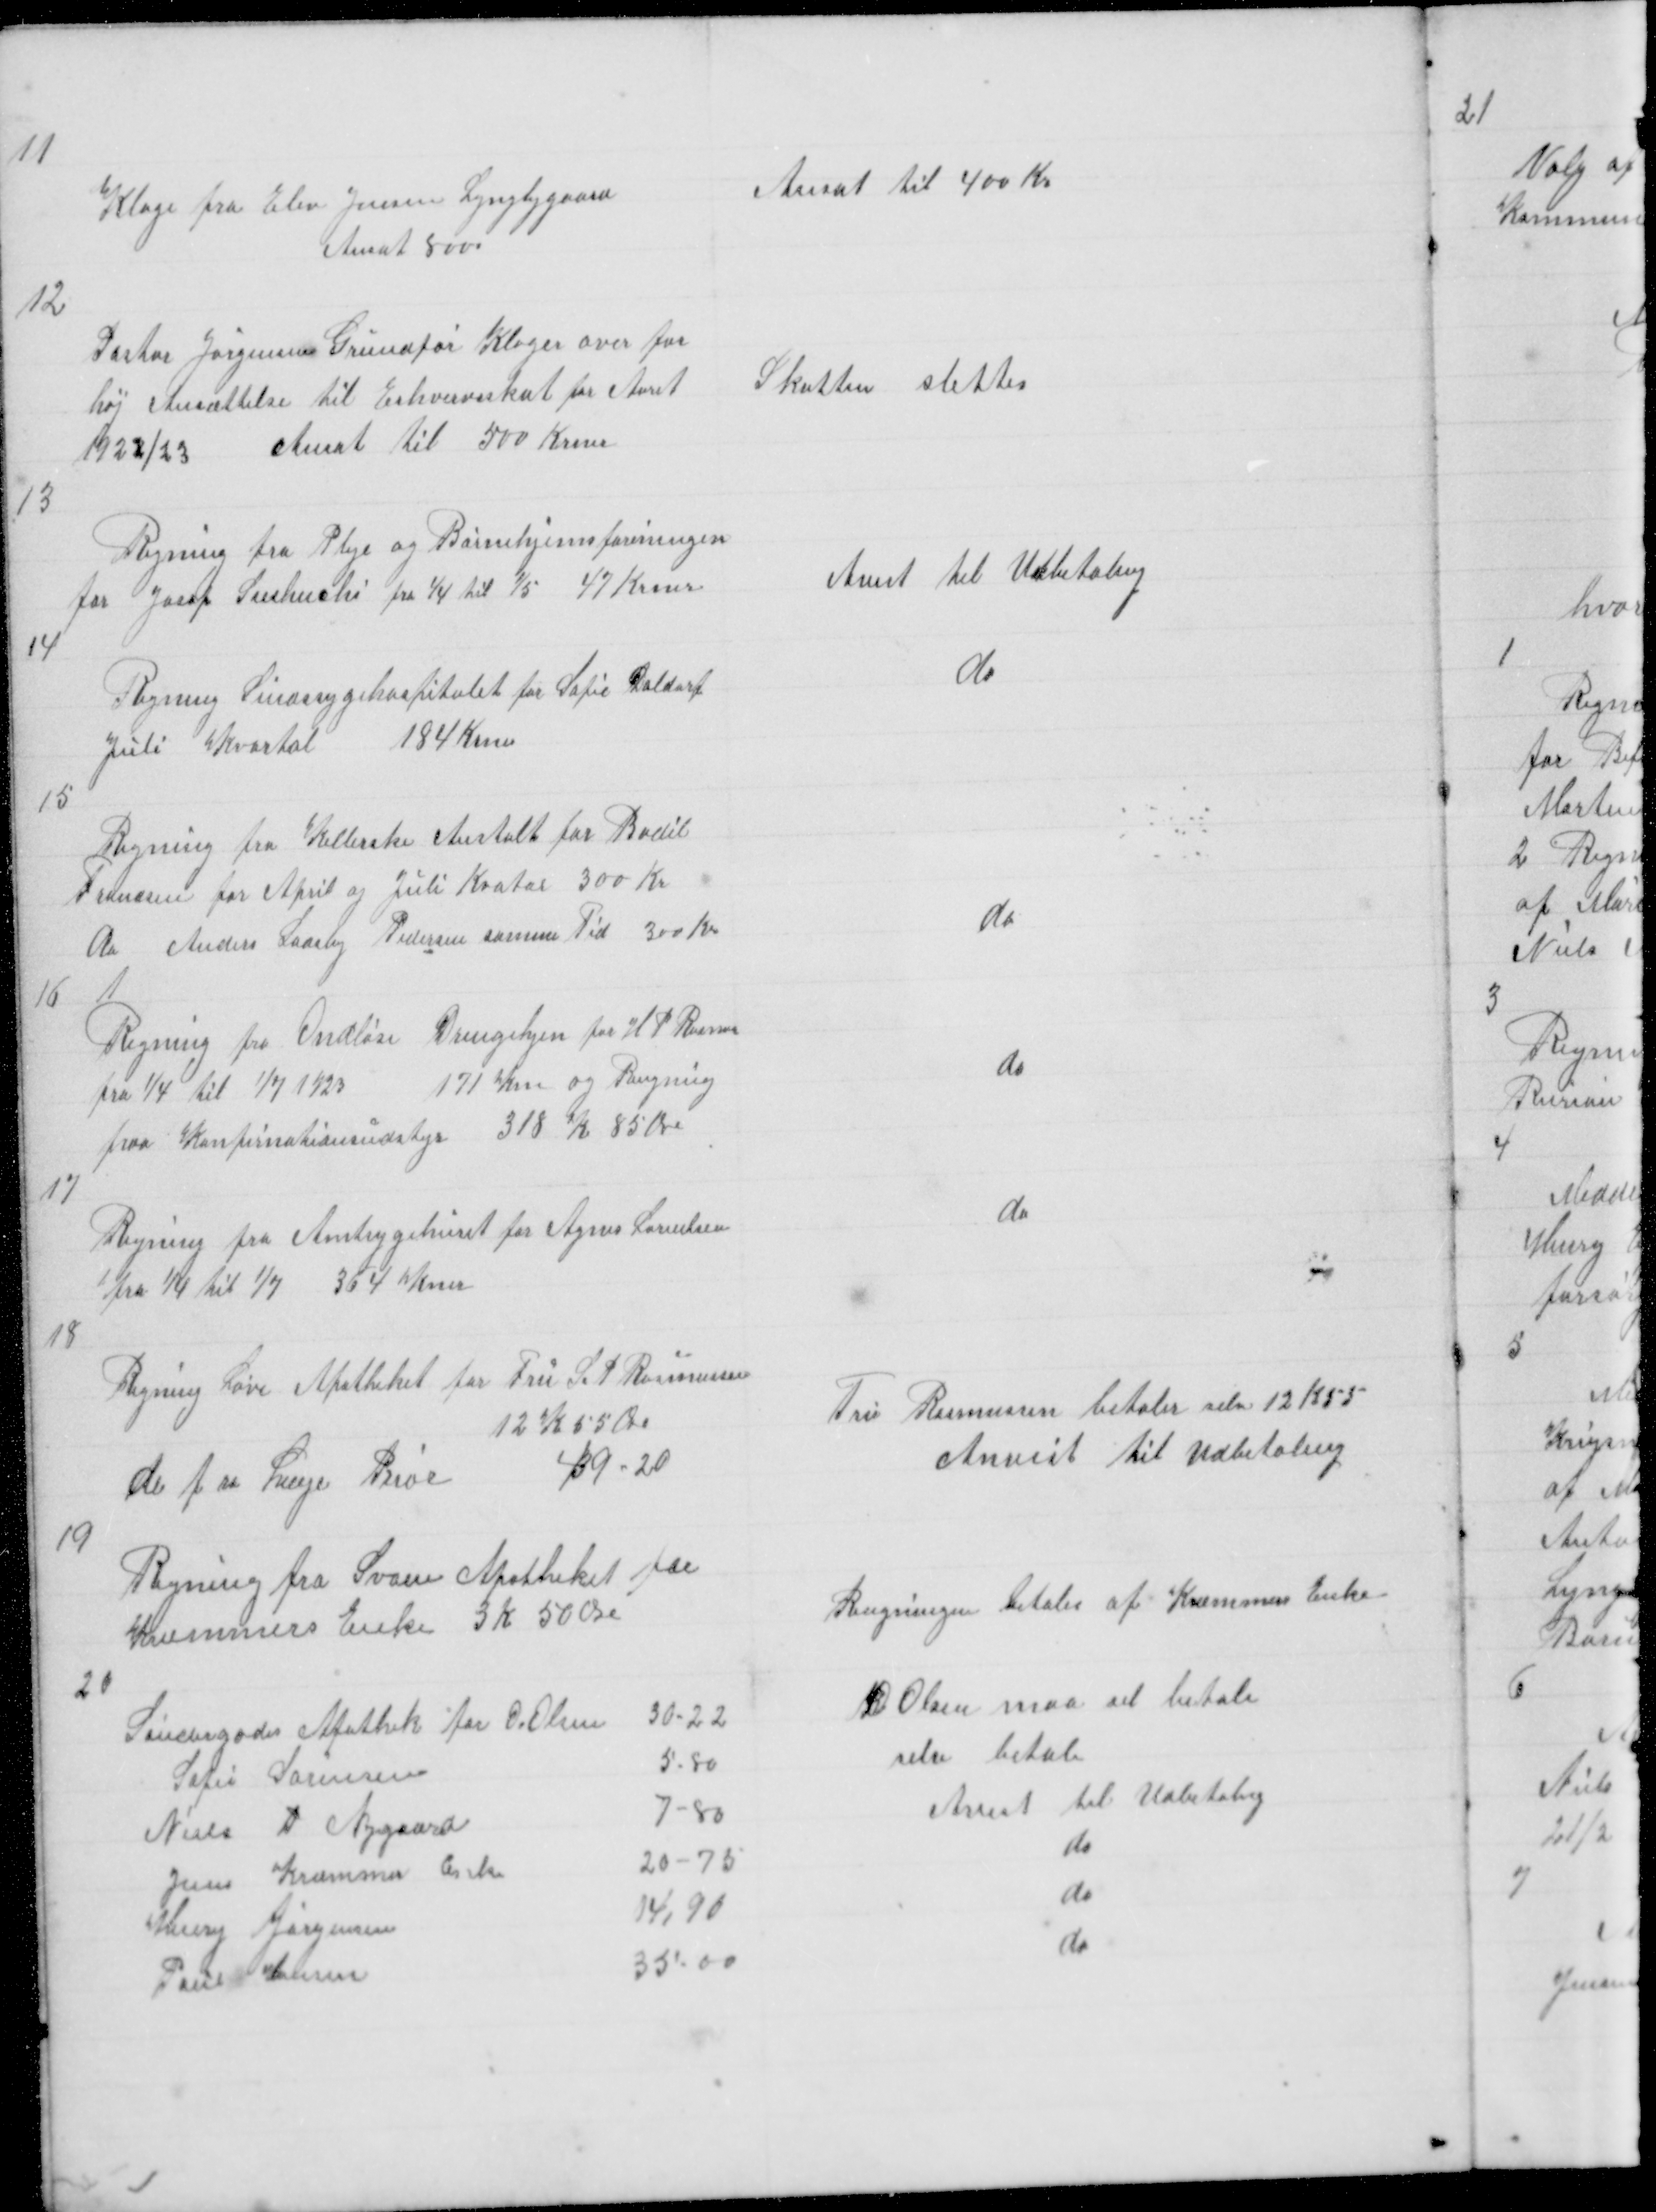
Transskription:
11

Klage fra Elev Jensen Lyngbygaard
Ansat 800

Ansat til 400 Kr

12

Pastor Jørgensen Grundfør Klager over for
høj Ansættelse til Erhvervsskat for Aaret
1922/23
Ansat til 500 Krner

Skatten slettes

13
Regning fra Pleje og Børnehjemsforeningen
for Josof Sushuchi fra 1/4 til 1/5 47 Krner

Anist til Udbetaling

14
Regning Sindssygehospitalet for Sofie Daldorf
Juli Kvartal
184 Krner

do

15
Regning fra Kellerske Anstalt for Bodil
Frandsen for April og Juli Kvartal 300 Kr
do Anders Laasby Pedersen samme Tid 300 Kr

do

16

Regning fra Ondløse Drengehjem for H P Rasmu
fra 1/4 til 1/7 1923
171 Krn og Regning
paa Konfirmationsudstyr 318 K 85 Øre

do

17

Regning fra Amtsygehuset for Agnes Lorentsen
fra 1/4 til 1/7 364 Krnr

do

18

Regning Løve Apotheket for Fru  S P Rasmussen
12 K 55 Øre
de f ra Læge Prior
49 - 20

Fru Rasmussen betaler selv 12 K 55
Anvist til Udbetaling

19

Regning fra Svane Apotheket for
Kræmmers Enke 3 K 50 Øre

Regningen betales af Kræmmers Enke

20